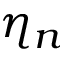
\eta _ { n }